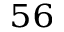
^ { 5 6 }